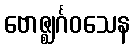
ဗောဇ္ဈင်္ဂဝသေန